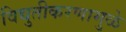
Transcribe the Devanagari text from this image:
विद्युतीकरणामुळे